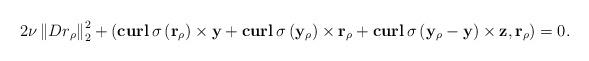
LaTeX: \begin{align*}2\nu \left\|Dr_\rho\right\|_2^2+\left(\mathbf{curl}\,\sigma\left(\mathbf r_\rho\right)\times \mathbf y+ \mathbf{curl}\,\sigma\left(\mathbf y_\rho\right)\times \mathbf r_\rho+\mathbf{curl}\,\sigma\left(\mathbf y_\rho-\mathbf y\right)\times \mathbf z,\mathbf r_\rho\right)=0.\end{align*}